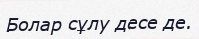
Болар сұлу десе де.